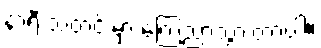
နာရီ သတင်းမှာ ကြေညာသွားတာပါ။